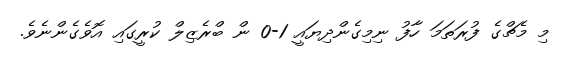
މި މެޗްގެ ފުރަތަމަ ހާފު ނިމިގެންދިޔައީ 1-0 ން ބްރެޒިލް ކުރީގައި އޮވެގެންނެވެ.